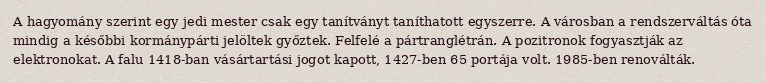
A hagyomány szerint egy jedi mester csak egy tanítványt taníthatott egyszerre. A városban a rendszerváltás óta mindig a későbbi kormánypárti jelöltek győztek. Felfelé a pártranglétrán. A pozitronok fogyasztják az elektronokat. A falu 1418-ban vásártartási jogot kapott, 1427-ben 65 portája volt. 1985-ben renoválták.